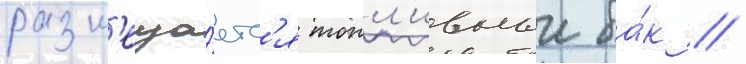
разм'еща́етс'я топл'ивныи ба́к //